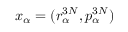
x _ { \alpha } = ( r _ { \alpha } ^ { 3 N } , p _ { \alpha } ^ { 3 N } )